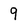
Character: 9